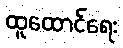
ထူထောင်ရေး